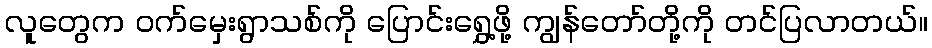
လူတွေက ဝက်မှေးရွာသစ်ကို ပြောင်းရွှေ့ဖို့ ကျွန်တော်တို့ကို တင်ပြလာတယ်။